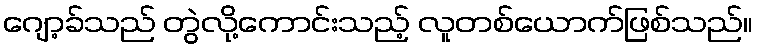
ဂျော့ခ်သည် တွဲလို့ကောင်းသည့် လူတစ်ယောက်ဖြစ်သည်။